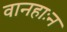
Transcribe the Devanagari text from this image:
वानहाःन